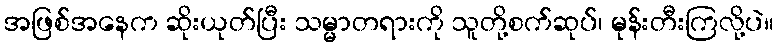
အဖြစ်အနေက ဆိုးယုတ်ပြီး သမ္မာတရားကို သူတို့စက်ဆုပ်၊ မုန်းတီးကြလို့ပဲ။